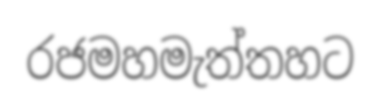
රජමහමැත්තහට